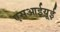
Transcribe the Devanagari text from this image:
एसआईयूई